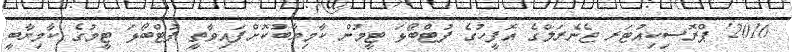
2016' ޕްރޮސިކިއުޓަރ ޖެނެރަލްގެ އޮފީހުގެ ފުޓްބޯޅަ ޓީމުން ކާމިޔާބުކޮށްފައިވާތީ ފުޓްބޯޅަ ޓީމުގެ ކާމިޔާބީ